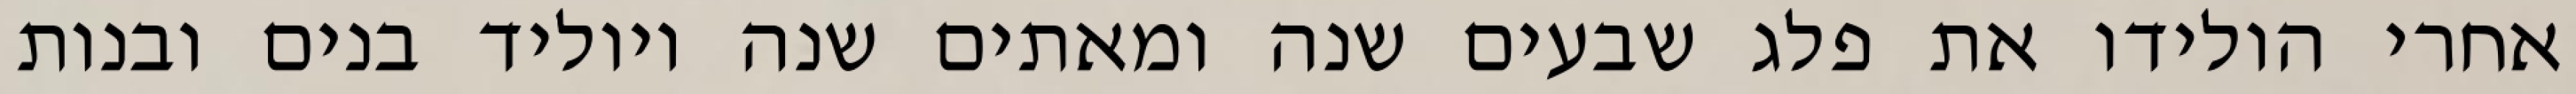
אחרי הולידו את פלג שבעים שנה ומאתים שנה ויוליד בנים ובנות